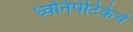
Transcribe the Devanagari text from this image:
ध्वनिपेटिकेचे